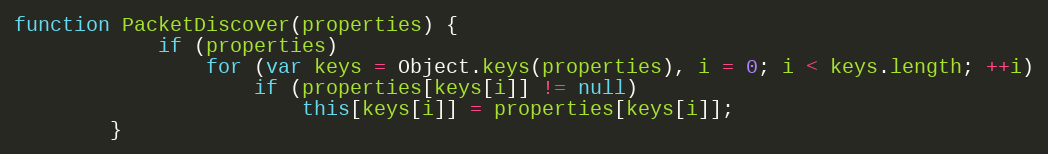
Language: JavaScript
function PacketDiscover(properties) {
			if (properties)
				for (var keys = Object.keys(properties), i = 0; i < keys.length; ++i)
					if (properties[keys[i]] != null)
						this[keys[i]] = properties[keys[i]];
		}